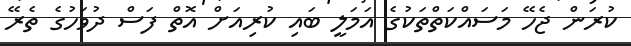
ކުރަން ޖެހޭ މަސައްކަތްތަކުގެ އަމަލީ ބައި ކުރިއަށް އޮތް ފަސް ދުވަހުގެ ތެރޭ